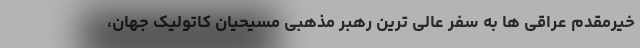
خیرمقدم عراقی ها به سفر عالی ترین رهبر مذهبی مسیحیان کاتولیک جهان،